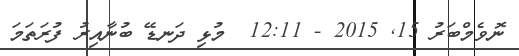
ނޮވެމްބަރު 15